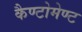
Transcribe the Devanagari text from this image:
कैण्‍टोमेण्‍ट